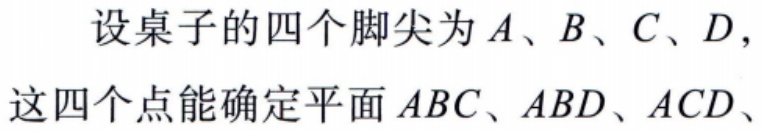
设桌子的四个脚尖为\(A、B、C、D\)，这四个点能确定平面\(ABC、ABD、ACD、\)